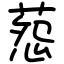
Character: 葾